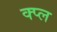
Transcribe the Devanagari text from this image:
क्प्ल